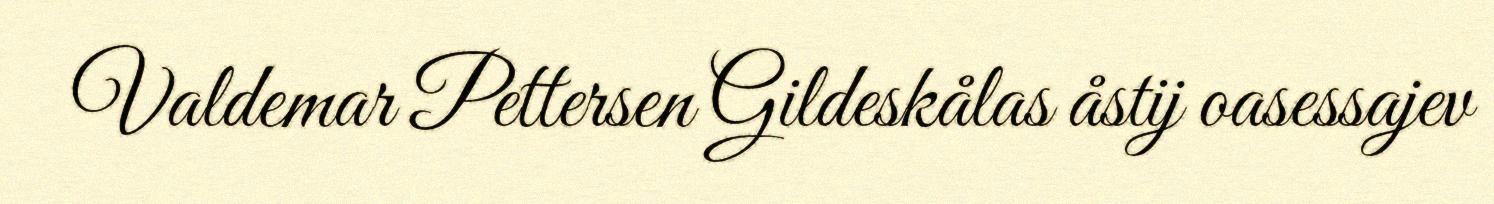
Valdemar Pettersen Gildeskålas åstij oasessajev